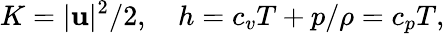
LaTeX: K=|\mathbf u|^{2}/2,\quad h=c_{v}T+p/\rho=c_{p}T,